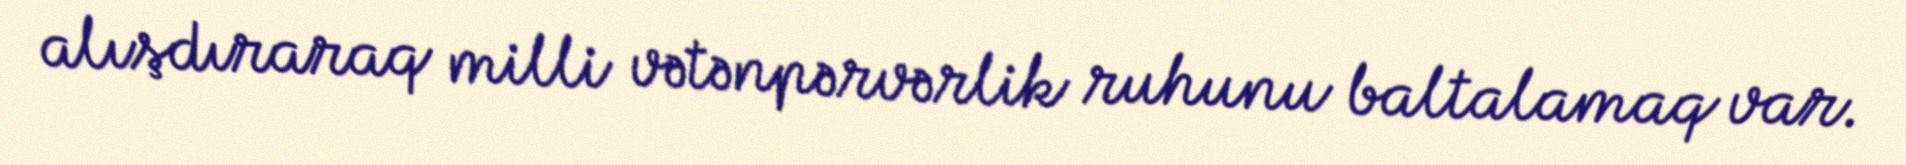
alışdıraraq milli vətənpərvərlik ruhunu baltalamaq var.